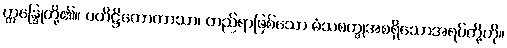
ဣန္ဒြေုတို့၏။ ပတိဋ္ဌိတောကာသာ၊ တည်ရာဖြစ်သော မံသစက္ခုအစရှိသောအရပ်တို့ကို။